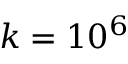
k = 1 0 ^ { 6 }